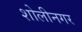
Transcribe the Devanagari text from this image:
शोलीनगर